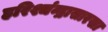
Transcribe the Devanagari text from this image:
हरिश्चंन्द्रासारखा